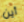
أين